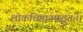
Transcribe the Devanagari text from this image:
लोकधिष्ठानमद्भुतः।।